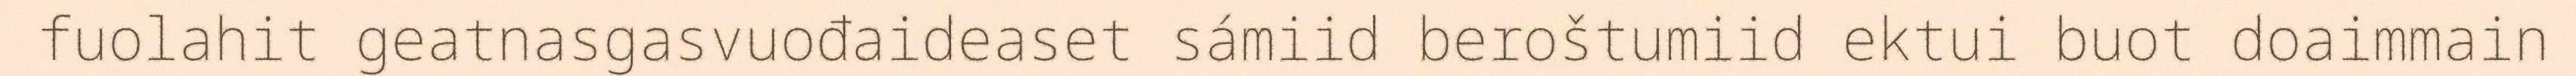
fuolahit geatnasgasvuođaideaset sámiid beroštumiid ektui buot doaimmain